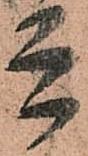
兵